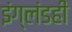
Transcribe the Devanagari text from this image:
इंग्लंडही